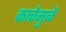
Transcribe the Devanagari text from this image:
काचेमुळे